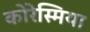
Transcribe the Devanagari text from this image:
कोरेस्मिया